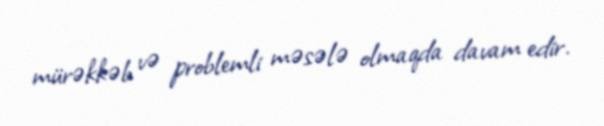
mürəkkəb və problemli məsələ olmaqda davam edir.